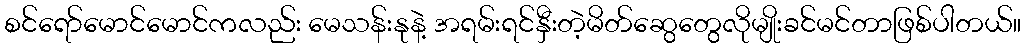
စင်ရော်မောင်မောင်ကလည်း မေသန်းနုနဲ့ အရမ်းရင်နှီးတဲ့မိတ်ဆွေတွေလိုမျိုးခင်မင်တာဖြစ်ပါတယ်။